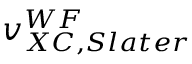
v _ { X C , S l a t e r } ^ { W F }